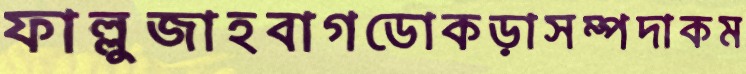
ফাল্লুজাহবাগডোকড়াসম্পদাকম